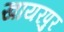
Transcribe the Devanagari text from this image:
खायरपुर